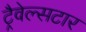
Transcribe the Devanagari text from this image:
ट्रैवेल्सटार